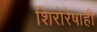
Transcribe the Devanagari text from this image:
शिरोरेषाही